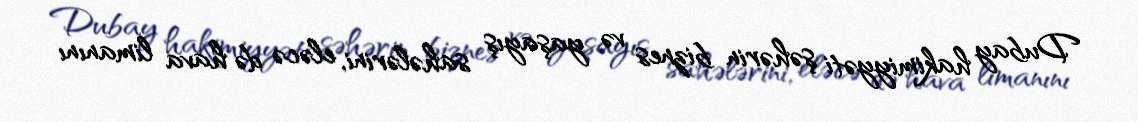
Dubay hakimiyyəti şəhərin biznes və yaşayış sahələrini, eləcə də hava limanını